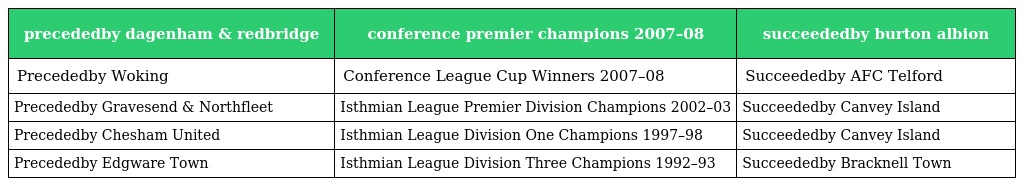
| precededby dagenham & redbridge | conference premier champions 2007–08 | succeededby burton albion |
 | --- | --- | --- |
 | Precededby Woking | Conference League Cup Winners 2007–08 | Succeededby AFC Telford |
 | Precededby Gravesend & Northfleet | Isthmian League Premier Division Champions 2002–03 | Succeededby Canvey Island |
 | Precededby Chesham United | Isthmian League Division One Champions 1997–98 | Succeededby Canvey Island |
 | Precededby Edgware Town | Isthmian League Division Three Champions 1992–93 | Succeededby Bracknell Town |